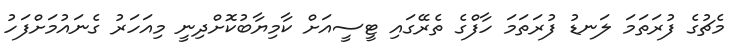
މެޗުގެ ފުރަތަމަ ލަނޑު ފުރަތަމަ ހާފްގެ ތެރޭގައި ޓީސީއަށް ކާމިޔާބުކޮށްދިނީ މިއަހަރު ގެނައުމަށްފަހު